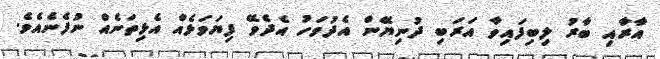
އާރާއި ބާރު ލިބިފައިވާ އަރަބި ދުނިޔޭން އެދުވަހު އެދެވޭ ފިޔަވަޅެއް އެޅިތަނެއް ނުފެނެއެވެ.